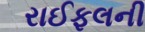
રાઈફલની